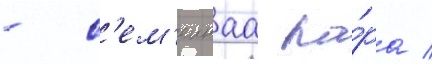
- с'ем'еинаа па́ра /